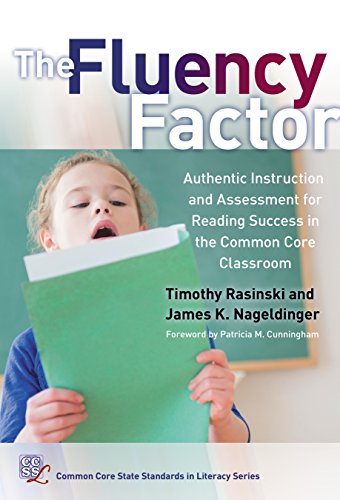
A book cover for The Fluency Factor: Authentic Instruction and Assessment for Reading Success in the Common Core Classroom (Common Core State Standards for Literacy); Timothy V. Rasinski; Education & Teaching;